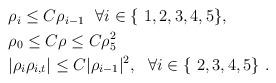
LaTeX: \begin{align*}\begin{aligned}&{\rho}_{i} \leq C \rho_{i-1} \ \ \forall i \in \{\ 1,2,3,4,5\},\\&{\rho}_0 \leq C \rho \leq C \rho_5^2\\& |\rho_i \rho_{i,t}| \leq C |\rho_{i-1}|^2, \ \ \forall i \in \{\ 2,3,4,5\}\ .\end{aligned}\end{align*}